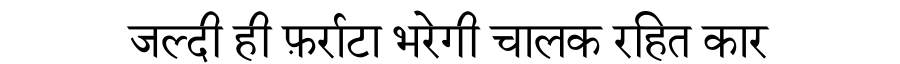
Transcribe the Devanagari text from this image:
जल्दी ही फ़र्राटा भरेगी चालक रहित कार